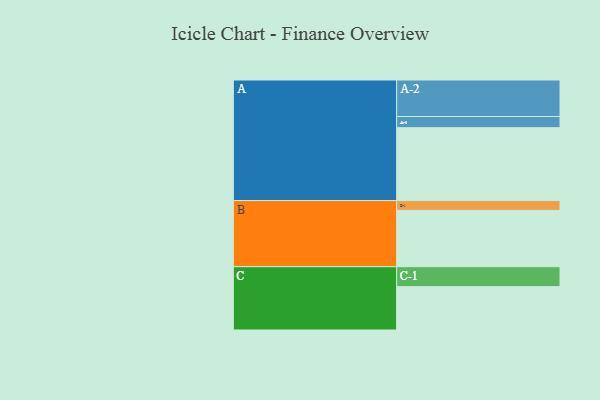
{"axis": {"x": "Segment", "y": "Value"}, "legend": ["", "A", "B", "C"], "data": [{"x": "A", "y": 541, "type": ""}, {"x": "B", "y": 418, "type": ""}, {"x": "C", "y": 322, "type": ""}, {"x": "A-1", "y": 83, "type": "A"}, {"x": "A-2", "y": 271, "type": "A"}, {"x": "B-1", "y": 73, "type": "B"}, {"x": "C-1", "y": 148, "type": "C"}]}